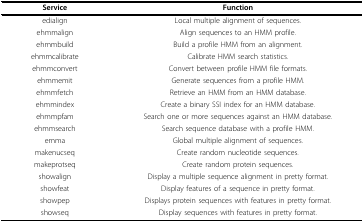
<table><thead><tr><td><b>Service</b></td><td><b>Function</b></td></tr></thead><tbody><tr><td>edialign</td><td>Local multiple alignment of sequences.</td></tr><tr><td>ehmmalign</td><td>Align sequences to an HMM profile.</td></tr><tr><td>ehmmbuild</td><td>Build a profile HMM from an alignment.</td></tr><tr><td>ehmmcalibrate</td><td>Calibrate HMM search statistics.</td></tr><tr><td>ehmmconvert</td><td>Convert between profile HMM file formats.</td></tr><tr><td>ehmmemit</td><td>Generate sequences from a profile HMM.</td></tr><tr><td>ehmmfetch</td><td>Retrieve an HMM from an HMM database.</td></tr><tr><td>ehmmindex</td><td>Create a binary SSI index for an HMM database.</td></tr><tr><td>ehmmpfam</td><td>Search one or more sequences against an HMM database.</td></tr><tr><td>ehmmsearch</td><td>Search sequence database with a profile HMM.</td></tr><tr><td>emma</td><td>Global multiple alignment of sequences.</td></tr><tr><td>makenucseq</td><td>Create random nucleotide sequences.</td></tr><tr><td>makeprotseq</td><td>Create random protein sequences.</td></tr><tr><td>showalign</td><td>Display a multiple sequence alignment in pretty format.</td></tr><tr><td>showfeat</td><td>Display features of a sequence in pretty format.</td></tr><tr><td>showpep</td><td>Displays protein sequences with features in pretty format.</td></tr><tr><td>showseq</td><td>Display sequences with features in pretty format.</td></tr></tbody></table>